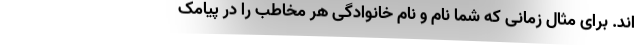
اند. برای مثال زمانی که شما نام و نام خانوادگی هر مخاطب را در پیامک